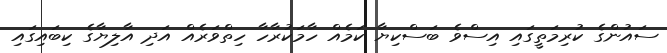
ސައުންގެ ކުރިމަތީގައި އިސްވެ ބަސްކިޔާ ކަމެއް ހާމަކުރާހާ ހިތްވަރެއް އަދި އާލިޔާގެ ކިބައިގައި